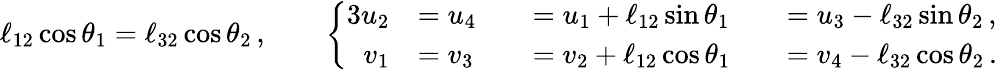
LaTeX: \ell_{12}\cos{\theta}_{1}=\ell_{32}\cos{\theta}_{2}\, ,\qquad\left\{ \begin{array}{rlrlrl}{{3}\vphantom{f^{2}}u_{2}}&{=u_{4}}&&{=u_{1}+\ell_{12}\sin{\theta}_{1}}&&{=u_{3}-\ell_{32}\sin{\theta}_{2}\, ,}\\ {v_{1}}&{=v_{3}}&&{=v_{2}+\ell_{12}\cos{\theta}_{1}}&&{=v_{4}-\ell_{32}\cos{\theta}_{2}\, .}\end{array}\right.